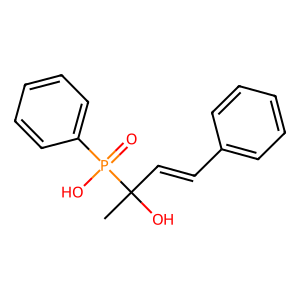
SMILES: CC(O)(C=Cc1ccccc1)P(=O)(O)c1ccccc1
Inhibits HIV replication: No